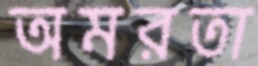
অমরতা